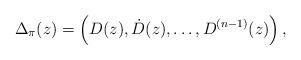
LaTeX: \begin{align*} \Delta_\pi(z) = \left( D(z), \dot D(z), \dots, D^{( n-1)}(z) \right),\end{align*}